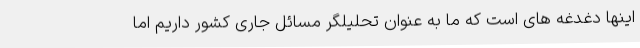
اینها دغدغه های است که ما به عنوان تحلیلگر مسائل جاری کشور داریم اما